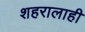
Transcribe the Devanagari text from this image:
शहरालाही